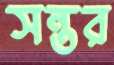
সন্তর